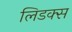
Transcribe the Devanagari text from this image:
लिडक्स